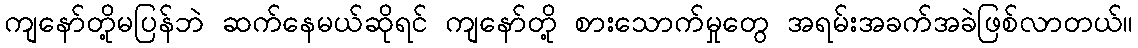
ကျနော်တို့မပြန်ဘဲ ဆက်နေမယ်ဆိုရင် ကျနော်တို့ စားသောက်မှုတွေ အရမ်းအခက်အခဲဖြစ်လာတယ်။